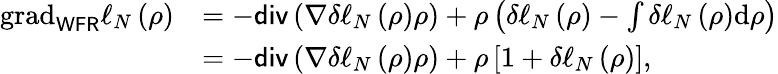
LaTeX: \begin{array}{rl}{\mathrm{grad}_{\mathsf{WFR}}\ell_{N}\left(\rho\right)}&{=-\mathsf{div}\left(\nabla\delta\ell_{N}\left(\rho\right)\rho\right)+\rho\left(\delta\ell_{N}\left(\rho\right)-\int\delta\ell_{N}\left(\rho\right)\mathrm{d}\rho\right)}\\ &{=-\mathsf{div}\left(\nabla\delta\ell_{N}\left(\rho\right)\rho\right)+\rho\left[1+\delta\ell_{N}\left(\rho\right)\right],}\end{array}